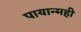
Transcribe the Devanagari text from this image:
पायान्मही